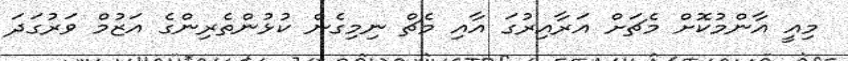
މިއީ އާންމުކޮށް މެޗަށް އަރާއިރުގަ އާއި މެޗް ނިމިގެން ކުޅުންތެރިންގެ އަޒުމް ވަރުގަދަ